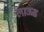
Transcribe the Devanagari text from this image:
लाऊड